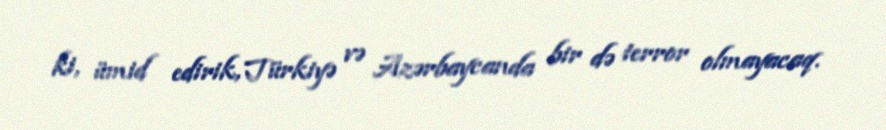
ki, ümid edirik, Türkiyə və Azərbaycanda bir də terror olmayacaq.